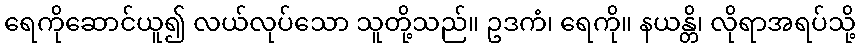
ရေကိုဆောင်ယူ၍ လယ်လုပ်သော သူတို့သည်။ ဥဒကံ၊ ရေကို။ နယန္တိ၊ လိုရာအရပ်သို့